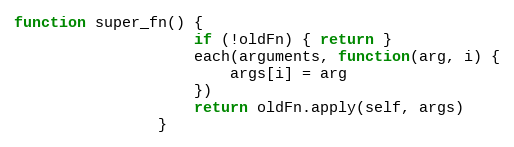
Language: JavaScript
function super_fn() {
					if (!oldFn) { return }
					each(arguments, function(arg, i) {
						args[i] = arg
					})
					return oldFn.apply(self, args)
				}